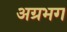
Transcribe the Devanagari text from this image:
अग्रभग